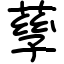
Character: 孶